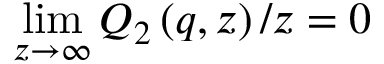
\operatorname* { l i m } _ { z \rightarrow \infty } Q _ { 2 } \left( q , z \right) / z = 0